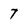
Character: 7